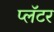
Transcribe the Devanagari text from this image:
प्लॅटर